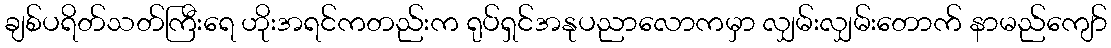
ချစ်ပရိတ်သတ်ကြီးရေ ဟိုးအရင်ကတည်းက ရုပ်ရှင်အနုပညာလောကမှာ လျှမ်းလျှမ်းတောက် နာမည်ကျော်